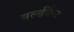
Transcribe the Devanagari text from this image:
वर्ल्डकैट